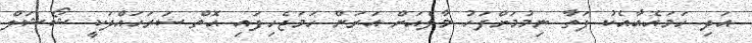
އަދި ހަމައެއާއެކު ފަތާ ނިމުމަށްފަހު މާލެއަށް އަރަން ހަމަޖެހިފައި އޮތް ސަރަހައްދަކީ ޝޯޝަލް